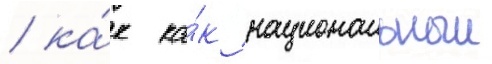
/ ка́к ка́к национальныи